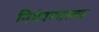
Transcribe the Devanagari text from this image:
नियंत्रणास्तव